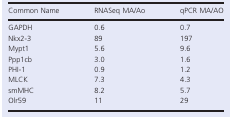
<table><thead><tr><td><b>Common Name</b></td><td><b>RNASeq MA/Ao</b></td><td><b>qPCR MA/AO</b></td></tr></thead><tbody><tr><td>GAPDH</td><td>0.6</td><td>0.7</td></tr><tr><td>Nkx2-3</td><td>89</td><td>197</td></tr><tr><td>Mypt1</td><td>5.6</td><td>9.6</td></tr><tr><td>Ppp1cb</td><td>3.0</td><td>1.6</td></tr><tr><td>PHI-1</td><td>0.9</td><td>1.2</td></tr><tr><td>MLCK</td><td>7.3</td><td>4.3</td></tr><tr><td>smMHC</td><td>8.2</td><td>5.7</td></tr><tr><td>Olr59</td><td>11</td><td>29</td></tr></tbody></table>